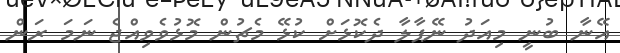
އޭނާ ބުނީ މިއަދު ނޭޕާލާ ދެކޮޅަށް ކުޅޭ މެޗުން މޮޅުވެވިއްޖެ ނަމަ ރަން